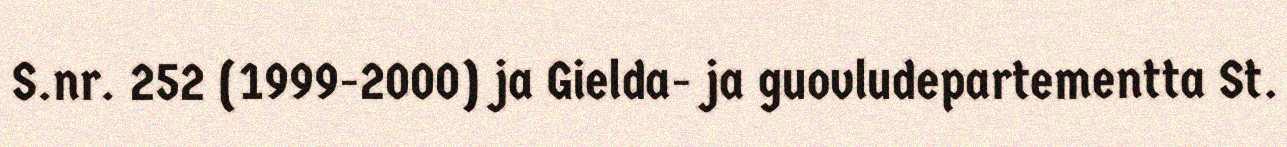
S.nr. 252 (1999-2000) ja Gielda- ja guovludepartementta St.